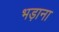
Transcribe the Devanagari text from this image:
भड़ाना